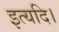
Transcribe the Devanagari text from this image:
इत्यदि।